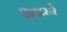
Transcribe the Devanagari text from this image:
फिशरने